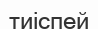
тиіспей